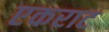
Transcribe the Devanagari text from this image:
एकराट